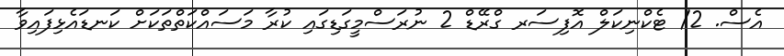
އެސް. 2/ ޓެކްނިކަލް އޮފިސަރ ގްރޭޑް 2 ނުރަސްމީގަޑިގައި ކުރާ މަސައްކަތްތަކަށް ކަނޑައެޅިފައިވާ